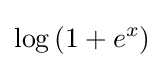
\log \left(1+e^{x}\right)